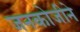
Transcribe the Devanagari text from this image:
जनकोजीने